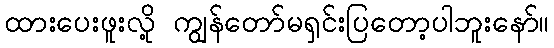
ထားပေးဖူးလို့ ကျွန်တော်မရှင်းပြတော့ပါဘူးနော်။